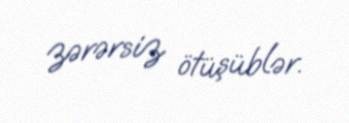
zərərsiz ötüşüblər.